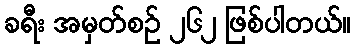
ခရီး အမှတ်စဉ် ၂၆၂ ဖြစ်ပါတယ်။